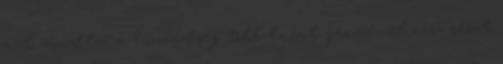
azt mondta, a honvédség több tucat járművel vesz részt